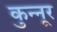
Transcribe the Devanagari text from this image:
कुन्नूर